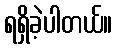
ရရှိခဲ့ပါတယ်။